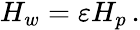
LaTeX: \begin{array}{r}{H_{w}={\varepsilon}H_{p}\, .}\end{array}